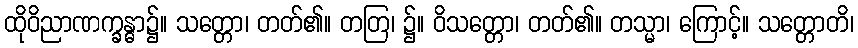
ထိုဝိညာဏက္ခန္ဓာ၌။ သတ္တော၊ တတ်၏။ တတြ၊ ၌။ ဝိသတ္တော၊ တတ်၏။ တသ္မာ၊ ကြောင့်။ သတ္တောတိ၊